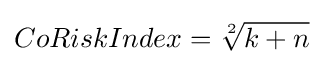
CoRiskIndex={\sqrt[{2}]{k+n}}